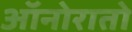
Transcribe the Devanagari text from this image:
ऑनोरातो